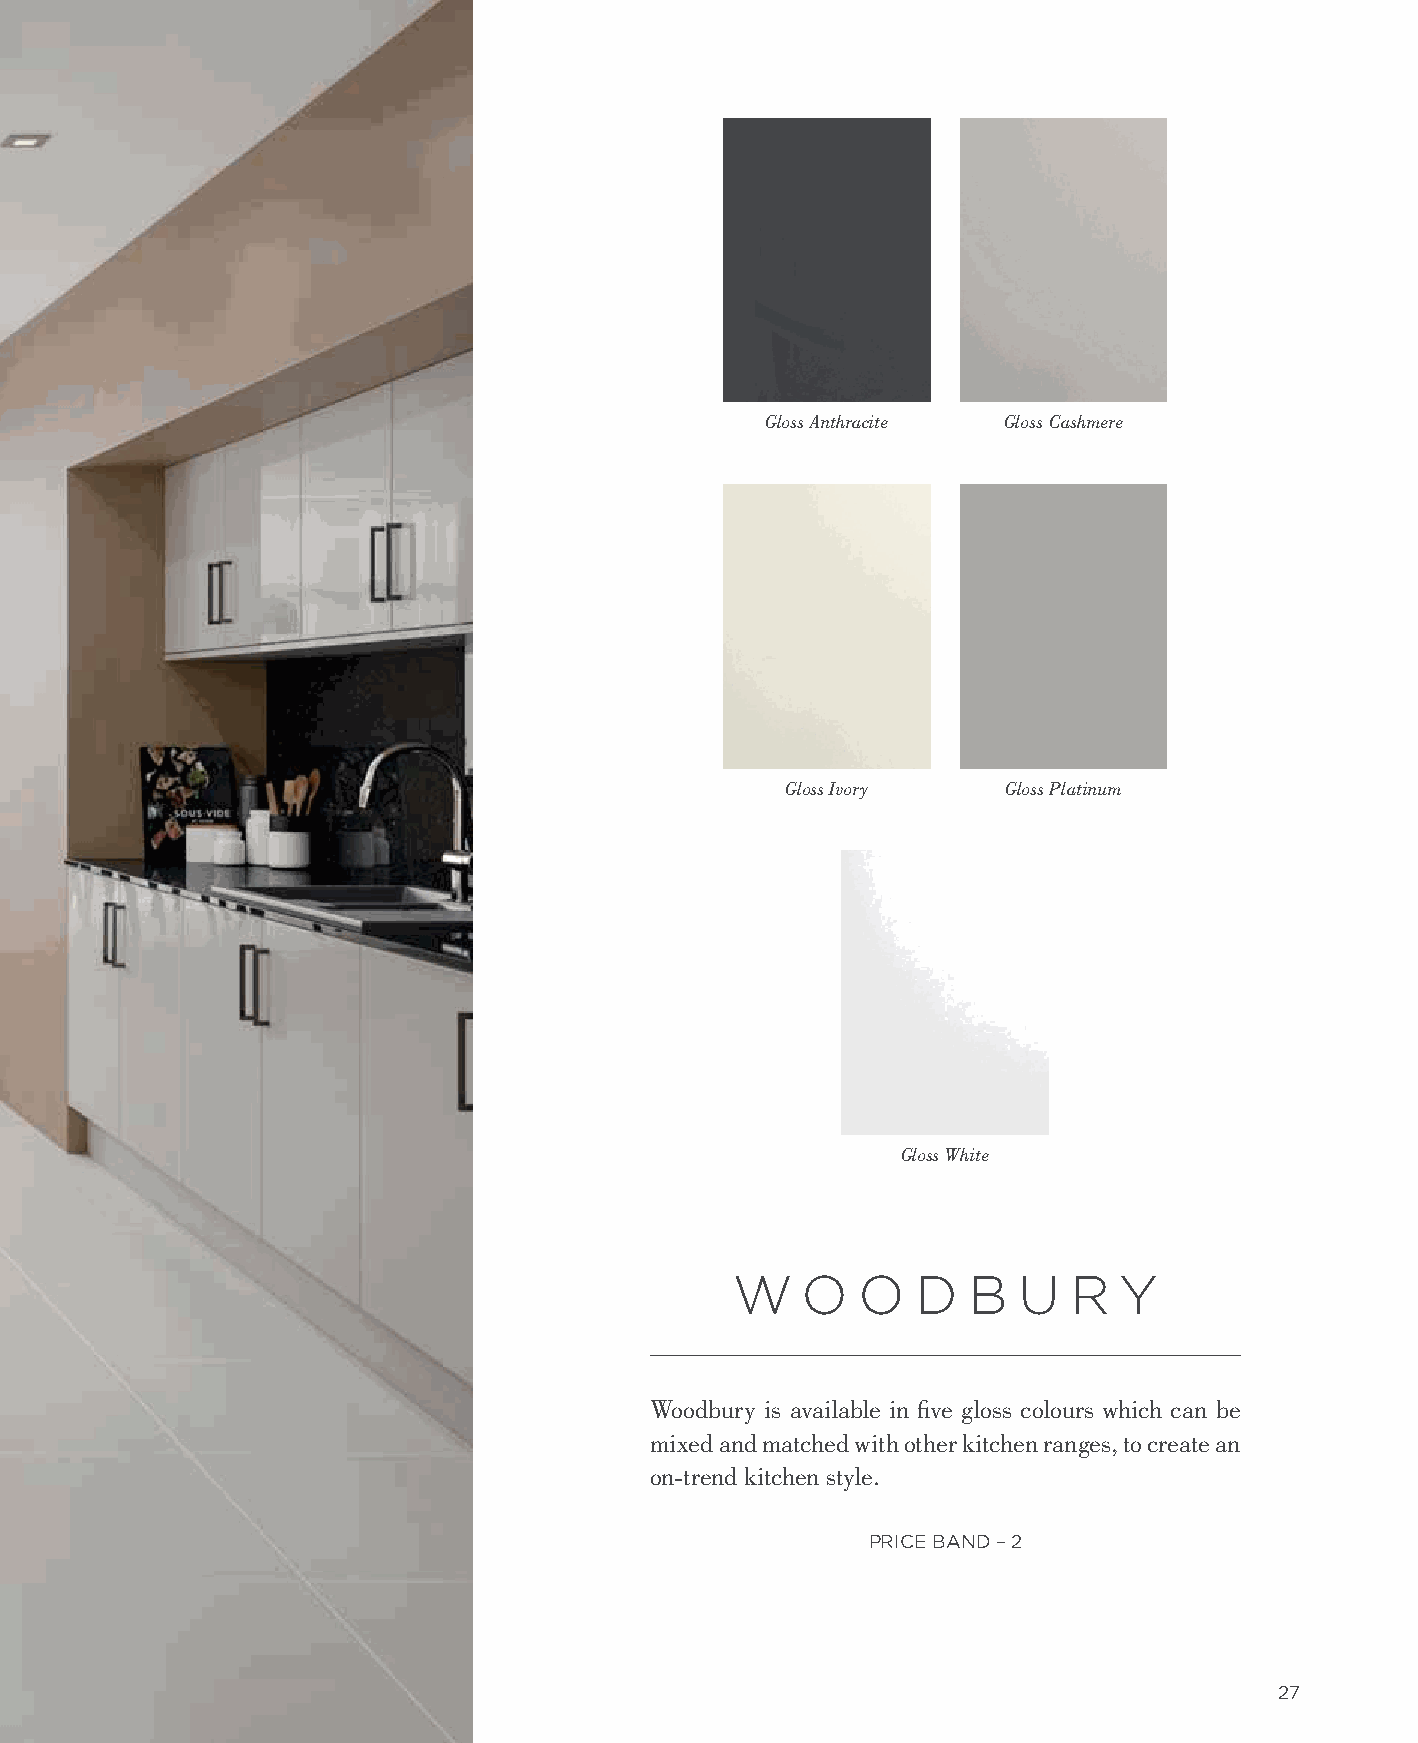
Gloss Anthracite Gloss Cashmere
 Gloss Ivory    Gloss Platinum
 Gloss White
 W    O   O   D  B  U   R  Y
 Woodbury is available in five gloss colours which can be
 mixed and matched with other kitchen ranges, to create an
 on-trend kitchen style.
 PRICE BAND – 2
 27